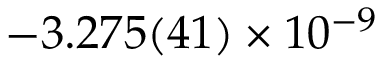
- 3 . 2 7 5 ( 4 1 ) \times 1 0 ^ { - 9 }